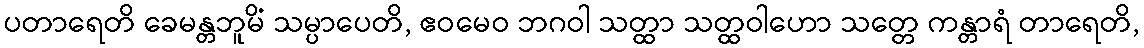
ပတာရေတိ ခေမန္တဘူမိံ သမ္ပာပေတိ, ဧဝမေဝ ဘဂဝါ သတ္ထာ သတ္ထဝါဟော သတ္တေ ကန္တာရံ တာရေတိ,